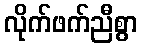
လိုက်ဖက်ညီစွာ